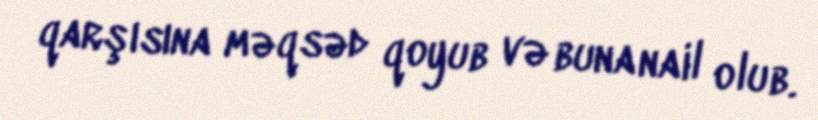
qarşısına məqsəd qoyub və buna nail olub.